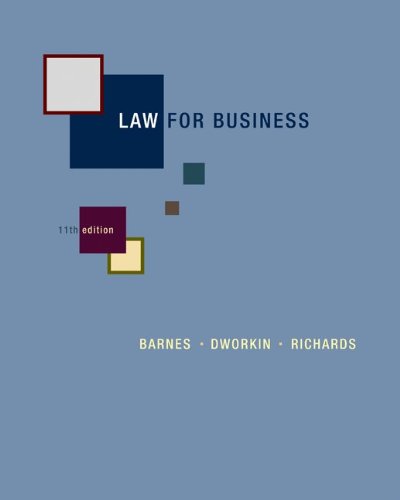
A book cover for Law for Business; A. James Barnes; Law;